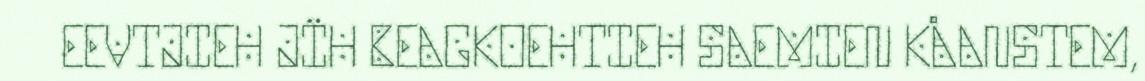
EEVTJIEH JÏH BEAGKOEHTIEH SAEMIEN KÅANSTEM,